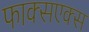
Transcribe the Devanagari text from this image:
फाक्सएक्स